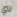
ناي